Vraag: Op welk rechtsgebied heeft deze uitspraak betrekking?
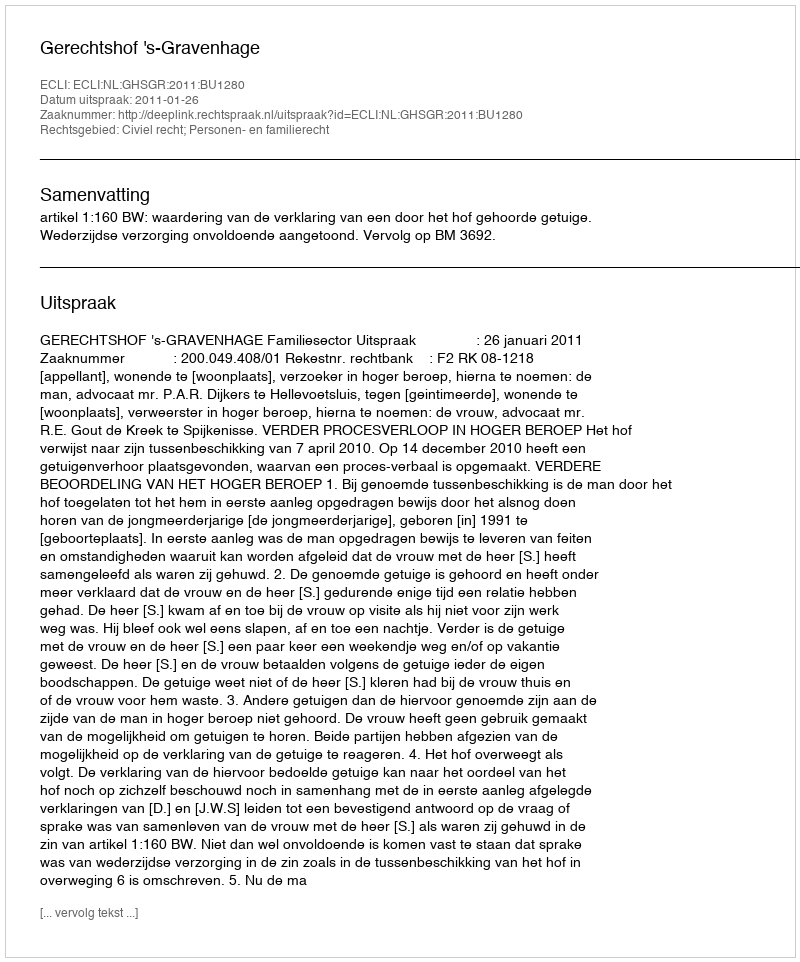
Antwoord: Civiel recht; Personen- en familierecht